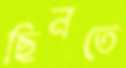
ছিনতে